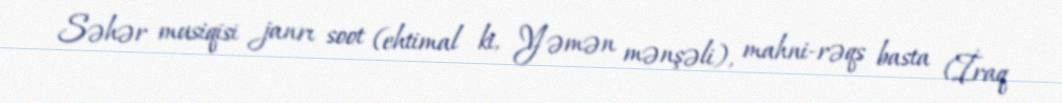
Səhər musiqisi janrı soot (ehtimal ki, Yəmən mənşəli), mahni-rəqs basta (İraq